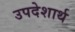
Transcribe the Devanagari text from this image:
उपदेशार्थ